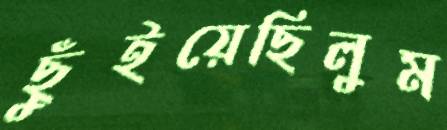
ছুঁইয়েছিলুম